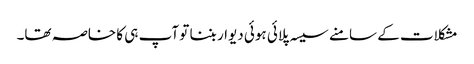
مشکلات کے سامنے سیسہ پلائی ہوئی دیوار بننا تو آپ ہی کا خاصہ تھا۔